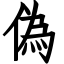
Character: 偽